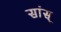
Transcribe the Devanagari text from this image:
सांस्